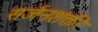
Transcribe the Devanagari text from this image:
सर्जनशक्ती